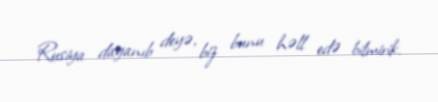
Rusiya dayanıb deyə, biz bunu həll edə bilmirik.